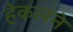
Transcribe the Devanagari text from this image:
हेकलने